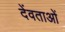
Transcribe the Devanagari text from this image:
देंवताओं